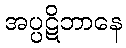
အပ္ပဋိဘာနေ